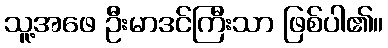
သူ့အဖေ ဦးမာဒင်ကြီးသာ ဖြစ်ပါ၏။